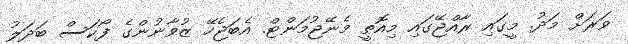
ވަރަށް މަދު. މީގައި ރާއްޖޭގައި މިއޮތީ މެނޭޖުމަންޓް. އެބަޖެހޭ ޒުވާނުންގެ ފޯކަސް ބަދަލު